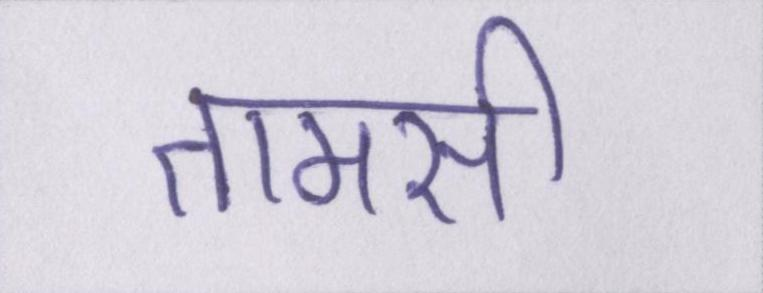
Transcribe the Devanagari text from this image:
तामसी